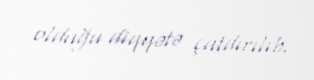
olduğu diqqətə çatdırılıb.